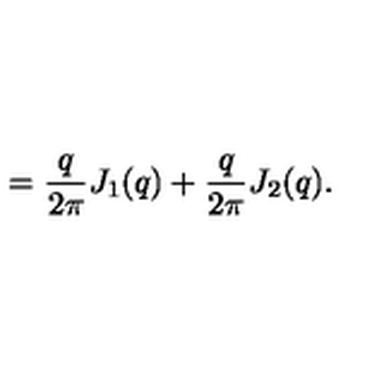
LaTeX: = \frac { q } { 2 \pi } J _ { 1 } ( q ) + \frac { q } { 2 \pi } J _ { 2 } ( q ) { . }